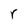
Character: r